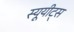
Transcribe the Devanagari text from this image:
स्यूयीट्स